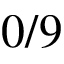
0 / 9